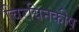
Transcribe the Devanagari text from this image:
चिरयिनकीष़